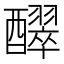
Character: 𮡊